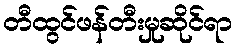
တီထွင်ဖန်တီးမှုဆိုင်ရာ